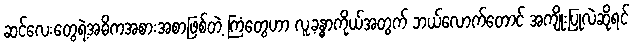
ဆင်လေးတွေရဲ့အဓိကအစားအစာဖြစ်တဲ့ ကြံတွေဟာ လူ့ခန္ဓာကိုယ်အတွက် ဘယ်လောက်တောင် အကျိုးပြုလဲဆိုရင်